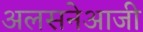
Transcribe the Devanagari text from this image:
अलसनेआजी